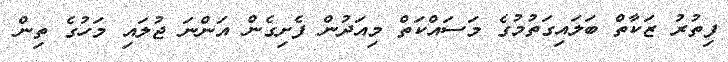
ފިތުރު ޒަކާތް ބަލައިގަތުމުގެ މަސައްކަތް މިއަދުން ފެށިގެން އަންނަ ޖުލައި މަހުގެ ތިން